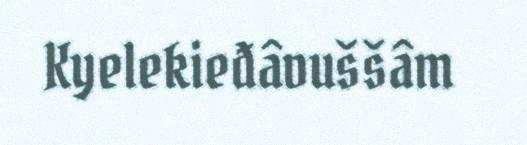
Kyelekieđâvuššâm